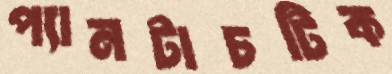
প্যানটাচটিক